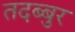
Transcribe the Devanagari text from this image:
तदब्बुर